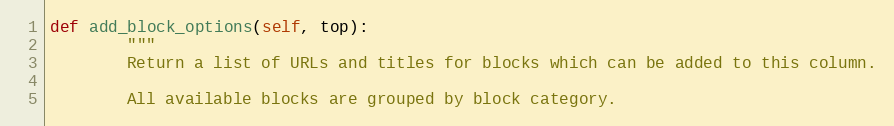
Language: Python
def add_block_options(self, top):
        """
        Return a list of URLs and titles for blocks which can be added to this column.

        All available blocks are grouped by block category.